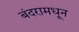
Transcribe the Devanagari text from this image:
बंदरामधून